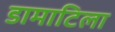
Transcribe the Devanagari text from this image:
डामाटिला